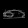
Digit: ၈